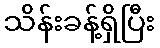
သိန်းခန့်ရှိပြီး